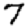
Digit: 7